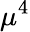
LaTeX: \mu^{4}